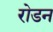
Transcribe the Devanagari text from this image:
रोडन